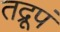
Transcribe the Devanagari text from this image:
तद्रूपं